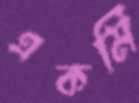
একমি